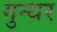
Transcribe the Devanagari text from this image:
गुन्थर